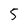
Character: 5